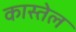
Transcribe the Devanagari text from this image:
कास्तेल